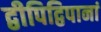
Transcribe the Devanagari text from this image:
द्वीपिद्विपानां